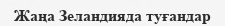
Жаңа Зеландияда туғандар